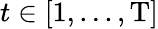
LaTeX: t\in[1,...,\mathrm{T}]